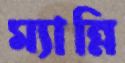
ম্যান্নি